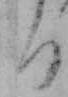
る